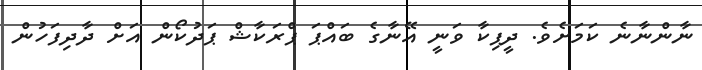
ނާންނާނެ ކަމަށެވެ. ދީޕިކާ ވަނީ އޭނާގެ ބައްޕަ ޕްރަކާޝް ޕަދުކޯން އަށް ދާދިފަހުން